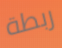
ربطة